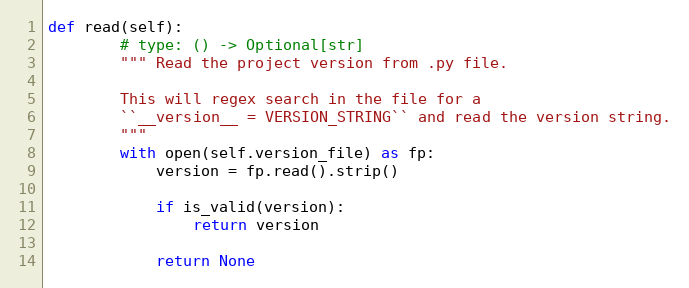
Language: Python
def read(self):
        # type: () -> Optional[str]
        """ Read the project version from .py file.

        This will regex search in the file for a
        ``__version__ = VERSION_STRING`` and read the version string.
        """
        with open(self.version_file) as fp:
            version = fp.read().strip()

            if is_valid(version):
                return version

            return None